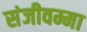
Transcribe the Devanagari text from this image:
संजीवम्मा